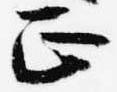
正